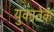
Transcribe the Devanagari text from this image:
युकातेक